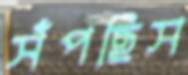
সঁপছিস